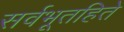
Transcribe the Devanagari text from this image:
सर्वभूतहिते